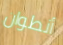
أنطوان